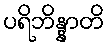
ပရိဘိန္နာတိ